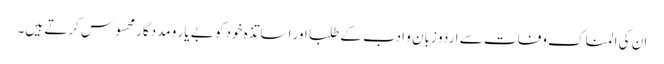
ان کی المناک وفات سے اردو زبان و ادب کے طلبا اور اساتذہ خود کو بے یار و مددگار محسوس کرتے ہیں۔